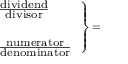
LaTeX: \scriptstyle \left. { \begin{array} { l } { \scriptstyle { \frac { \scriptstyle { \mathrm { d i v i d e n d } } } { \scriptstyle { \mathrm { d i v i s o r } } } } } \\ { \scriptstyle { \mathrm { ~ } } } \\ { \scriptstyle { \frac { \scriptstyle { \mathrm { n u m e r a t o r } } } { \scriptstyle { \mathrm { d e n o m i n a t o r } } } } } \end{array} } \right\} \, =